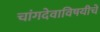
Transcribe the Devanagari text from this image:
चांगदेवाविषयीचे